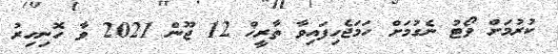
ކުރުމަށް ވޯޓު ނެގުމަށް ހަމަޖެހިފައިވާ ތާރީޚް 12 ޖޫން 2021 ވާ ހޮނިހިރު